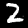
Label: 2